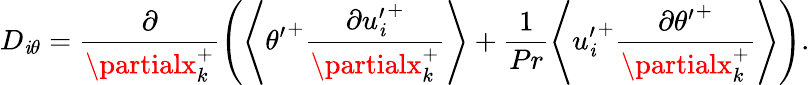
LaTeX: D_{\mathit{i}\theta}=\frac{{\partial}}{{\partialx_{k}^{+}}}\left(\left<{\theta^{\prime}}^{+}\frac{{\partial{u_{\mathit{i}}^{\prime}}^{+}}}{{\partialx_{k}^{+}}}\right>+\frac{{1}}{{Pr}}\left<{u_{\mathit{i}}^{\prime}}^{+}\frac{{\partial{\theta^{\prime}}^{+}}}{{\partialx_{k}^{+}}}\right>\right).